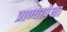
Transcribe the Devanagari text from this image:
प्राण्यापेक्षा